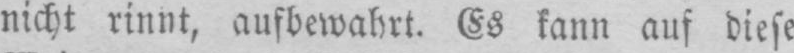
nicht rinnt, aufbewahrt. Es kann auf diese